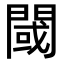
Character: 閾